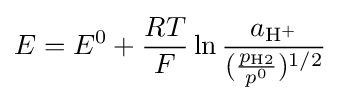
E=E^{0}+{RT \over F}\ln {a_{\mathrm {H} ^{+}} \over ({\frac {p_{\mathrm {H} 2}}{p^{0}}})^{1/2}}